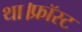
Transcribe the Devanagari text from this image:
था।फ्रॉस्ट